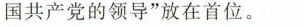
国共产党的领导”放在首位。